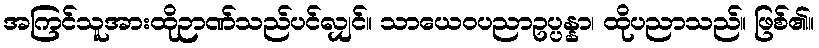
အကြင်သူအားထိုဉာဏ်သည်ပင်လျှင်။ သာယေဝပညာဥပ္ပန္နာ၊ ထိုပညာသည်။ ဖြစ်၏။